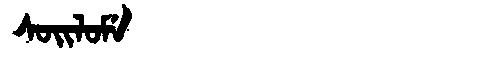
Manchu: ᠰᠣᡳᠯᠣᠮᡝ
Romanization: SOILOME